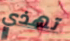
تهذي